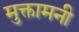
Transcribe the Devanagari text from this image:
मुक्तामनी